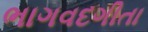
ભાગવદગીતા